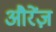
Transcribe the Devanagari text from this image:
औरेंज़